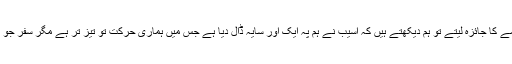
جب ہم اپنے سیاسی، سماجی اور تہذیبی منظرنامے کا جائزہ لیتے تو ہم دیکھتے ہیں کہ آسیب نے ہم پہ ایک اور سایہ ڈال دیا ہے جس میں ہماری حرکت تو تیز تر ہے مگر سفر جو پہلے آ ہستہ تھا اب الٹے پائوں شروع ہو گیا ہے۔